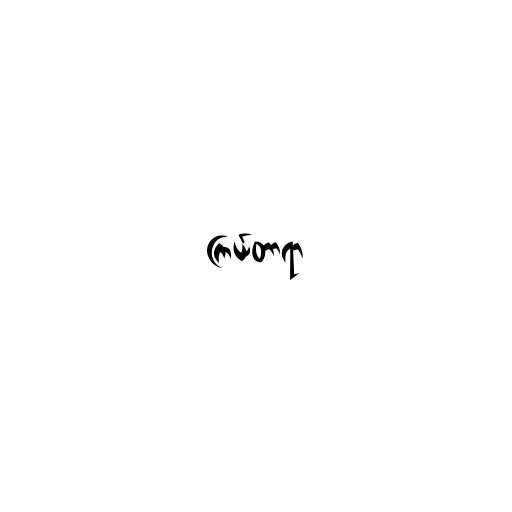
ကြယ်တာရာ